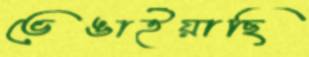
ভেঙাইয়াছি